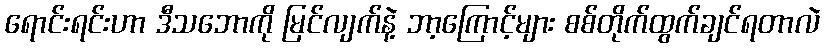
ရောင်းရင်းဟာ ဒီသဘောကို မြင်လျက်နဲ့ ဘာ့ကြောင့်များ စစ်တိုက်ထွက်ချင်ရတာလဲ